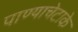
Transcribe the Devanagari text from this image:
पाण्याचेटाके